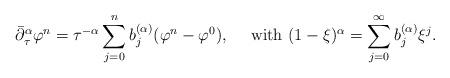
LaTeX: \begin{align*} \bar\partial_\tau^\alpha \varphi^n = \tau^{-\alpha} \sum_{j=0}^nb_j^{(\alpha)} (\varphi^n - \varphi^0) ,\quad\mbox{ with } (1-\xi)^\alpha=\sum_{j=0}^\infty b_j^{(\alpha)}\xi^j.\end{align*}